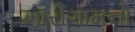
ખારીગામનો